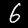
Digit: 6